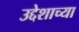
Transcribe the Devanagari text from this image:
उद्देशाच्या